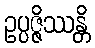
ဥပ္ပဇ္ဇိဿန္တိ